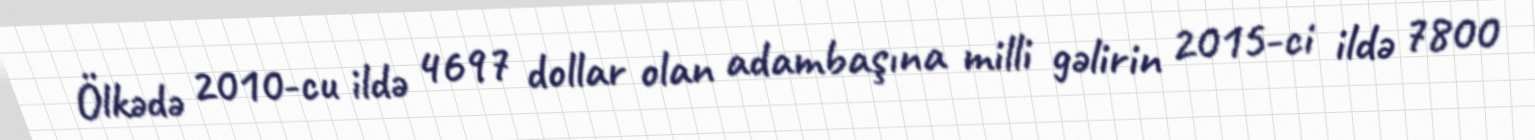
Ölkədə 2010-cu ildə 4697 dollar olan adambaşına milli gəlirin 2015-ci ildə 7800